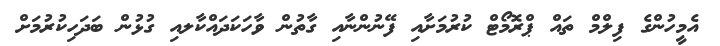
އެމީހުންގެ ފިލްމް ތައް ޕްރޮމޯޓް ކުރުމަށާއި ފޭނުންނާއި ގާތުން ވާހަކަދައްކާލއި ގުޅުން ބަދަހިކުރުމަށް